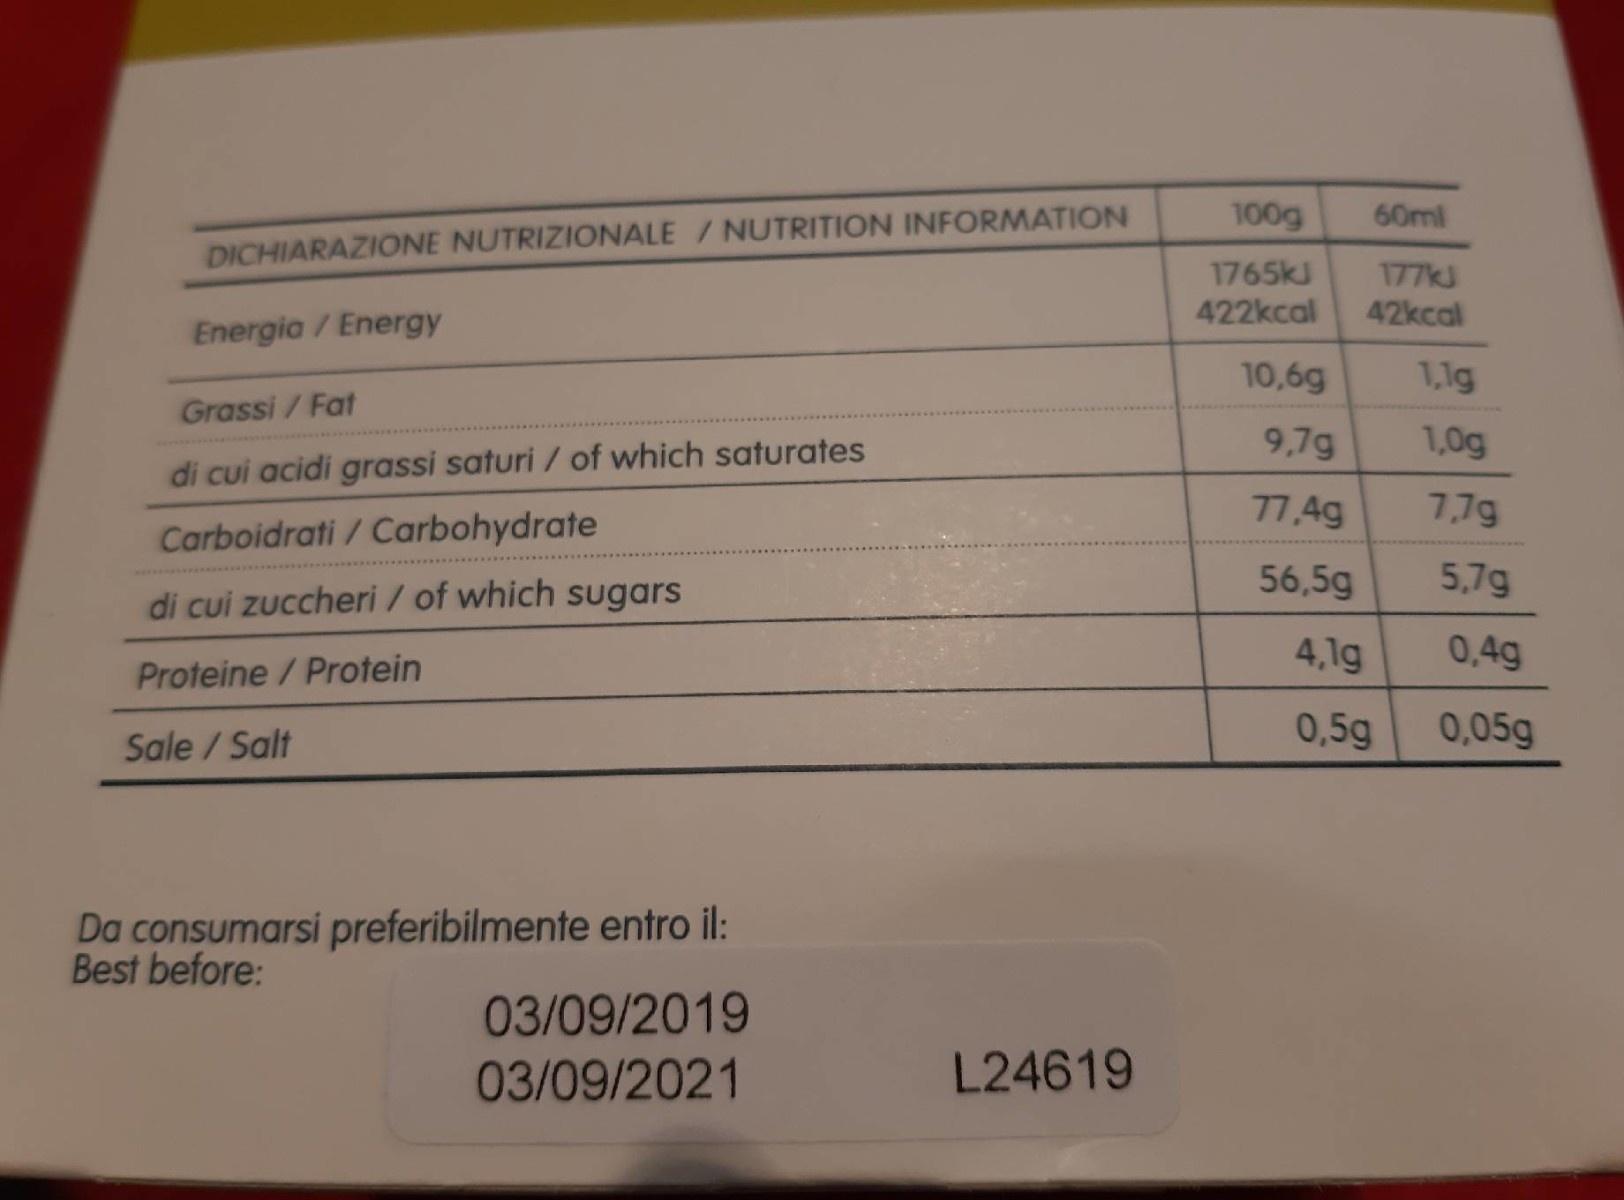
100g
60ml
DICHIARAZIONE NUTRIZIONALE/NUTRITION INFORMATION
1765KJ 422kcal
177KJ 42kcal
Energia / Energy
10,6g
1,1g
Grassi / Fat
9,7g
1,0g
di cui acidi grassi saturi / of which saturates
77,4g
7,7g
Carboidrati / Carbohydrate
56,5g
5,7g
di cui zuccheri / of which sugars
4,1g
0,4g
Proteine/Protein
Sale / Salt
0,5g
0,05g
Da consumarsi preferibilmente entro il: Best before:
03/09/2019
03/09/2021
L24619